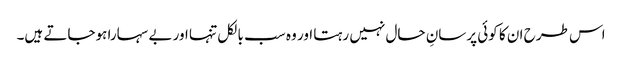
اس طرح ان کا کوئی پرسانِ حال نہیں رہتا اور وہ سب بالکل تنہا اور بے سہارا ہوجاتے ہیں۔